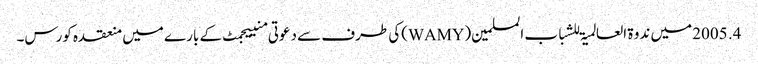
4. 2005 میں ندوۃ العالمیۃ للشباب المسلمین(WAMY)کی طرف سے دعوتی منییجمٹ کے بارے میں منعقدہ کورس۔